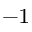
^ { - 1 }